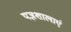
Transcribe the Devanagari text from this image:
यज्ञशालाएं